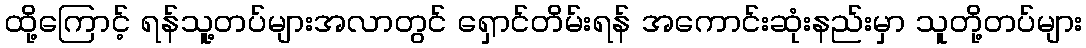
ထို့ကြောင့် ရန်သူ့တပ်များအလာတွင် ရှောင်တိမ်းရန် အကောင်းဆုံးနည်းမှာ သူတို့တပ်များ